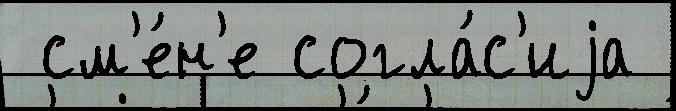
 см'е́н'е согла́с'иjа